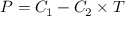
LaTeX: P = C _ { 1 } - C _ { 2 } \times T